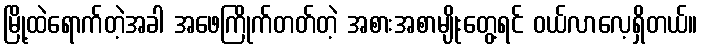
မြို့ထဲရောက်တဲ့အခါ အဖေကြိုက်တတ်တဲ့ အစားအစာမျိုးတွေ့ရင် ဝယ်လာလေ့ရှိတယ်။